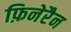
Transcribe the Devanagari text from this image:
फ़िनेरैन